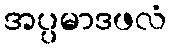
အပ္ပမာဒဖလံ